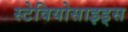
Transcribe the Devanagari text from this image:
स्टेवियोसाइड्स